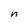
Character: n